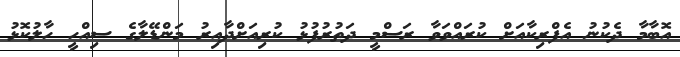
އޮބާމާ ދެކުނު އެފްރިކާއަށް ކުރައްވަވާ ރަސްމީ ދަތުރުފުޅު ކުރިއަށްދާއިރު މަންޑޭލާގެ ސިއްހީ ހާލުކޮޅު